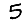
Digit: 5